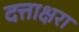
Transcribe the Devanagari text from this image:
दत्ताक्षरा